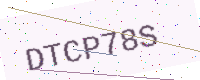
Text: DTCP78S